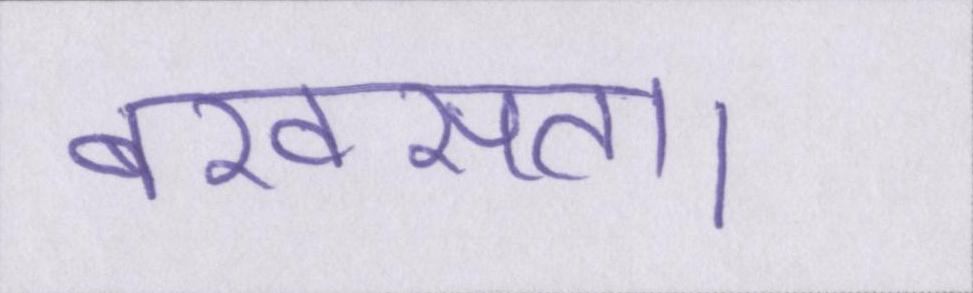
बखसता।